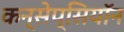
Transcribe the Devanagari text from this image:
कन्सेप्सियॉन